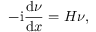
- \mathrm { i } \frac { \mathrm { d } \nu } { \mathrm { d } x } = H \nu ,